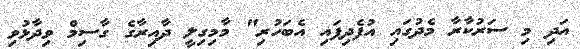
އަދި މި ސަރުކާރާ މެދުގައި އުފެދިފައި އެބަހުރި" މާމިގިލީ ދާއިރާގެ ގާސިމް ވިދާޅުވި